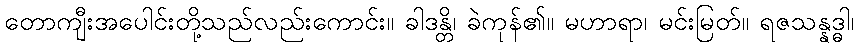
တောကျီးအပေါင်းတို့သည်လည်းကောင်း။ ခါဒန္တိ၊ ခဲကုန်၏။ မဟာရာ၊ မင်းမြတ်။ ရဇသန္နဒ္ဓါ၊